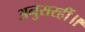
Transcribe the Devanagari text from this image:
अनुसरहीं॥